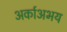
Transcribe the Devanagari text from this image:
अर्काअभय